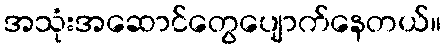
အသုံးအဆောင်တွေပျောက်နေတယ်။